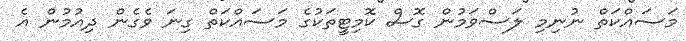
މަސައްކަތް ނުނިމި ލަސްވަމުން ގޮސް ކޮމިޓީތަކުގެ މަސައްކަތް ގިނަ ވެގެން ދިއުމުން އެ